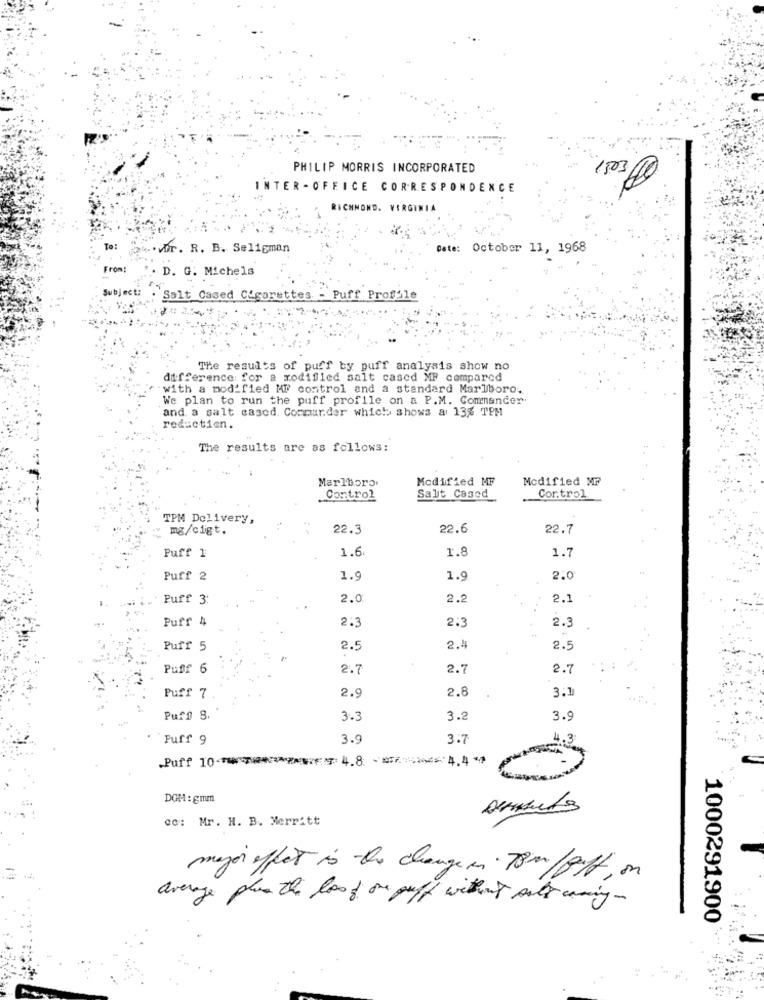
PHILIP MORRIS INCORPORATED
INTER - OFFICE CORRESPONDENCE
RICHMOND, VIRGINIA
To:
4.vDr. R. B. Seligman
Date: October 11, 1968
From:
. D. G. Michels
Subject:
Salt Cased Cigarettes. - Puff Proffsle
The results of puff by puff analysis show no
difference for a modified salt cased MF compared
with a modified MF control and a standard Marlboro.
We plan to run the puff profile on a P.M. Commander
and a salt cased. Commurder which shows a 13% TPM
reductien.
The results are as follows:
Marlboro
Modified MF
Modified MF
Control
Salt Cased
Cor.trol
TPM Delivery,
mg/cligt.
22.3
22.6
22.7
1.6
1.8
1.7
Puff 1
Puff 2
1.9
1.9
2.0
Puff 3:
2.0
2.2
2.1
Puff 4
2.3
2:3
2.3
Puff 5
2.5
2.4
2.5
Puff 6
2.7
2.7
2.7
2.8
3.1
Puff 7
2.9
Puff 8.
3.3
3.2
3.9
Puff 9
3.
3.7
Puff 10 ************= 4.8 4.4
DGM : gmm
co: Mr. H. B. Merritt
mejor effet is the changer 78m/gff, on
average plus the lossof one puff without sult coming-
1000291900